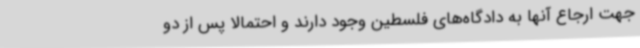
جهت ارجاع آنها به دادگاه‌های فلسطین وجود دارند و احتمالا پس از دو